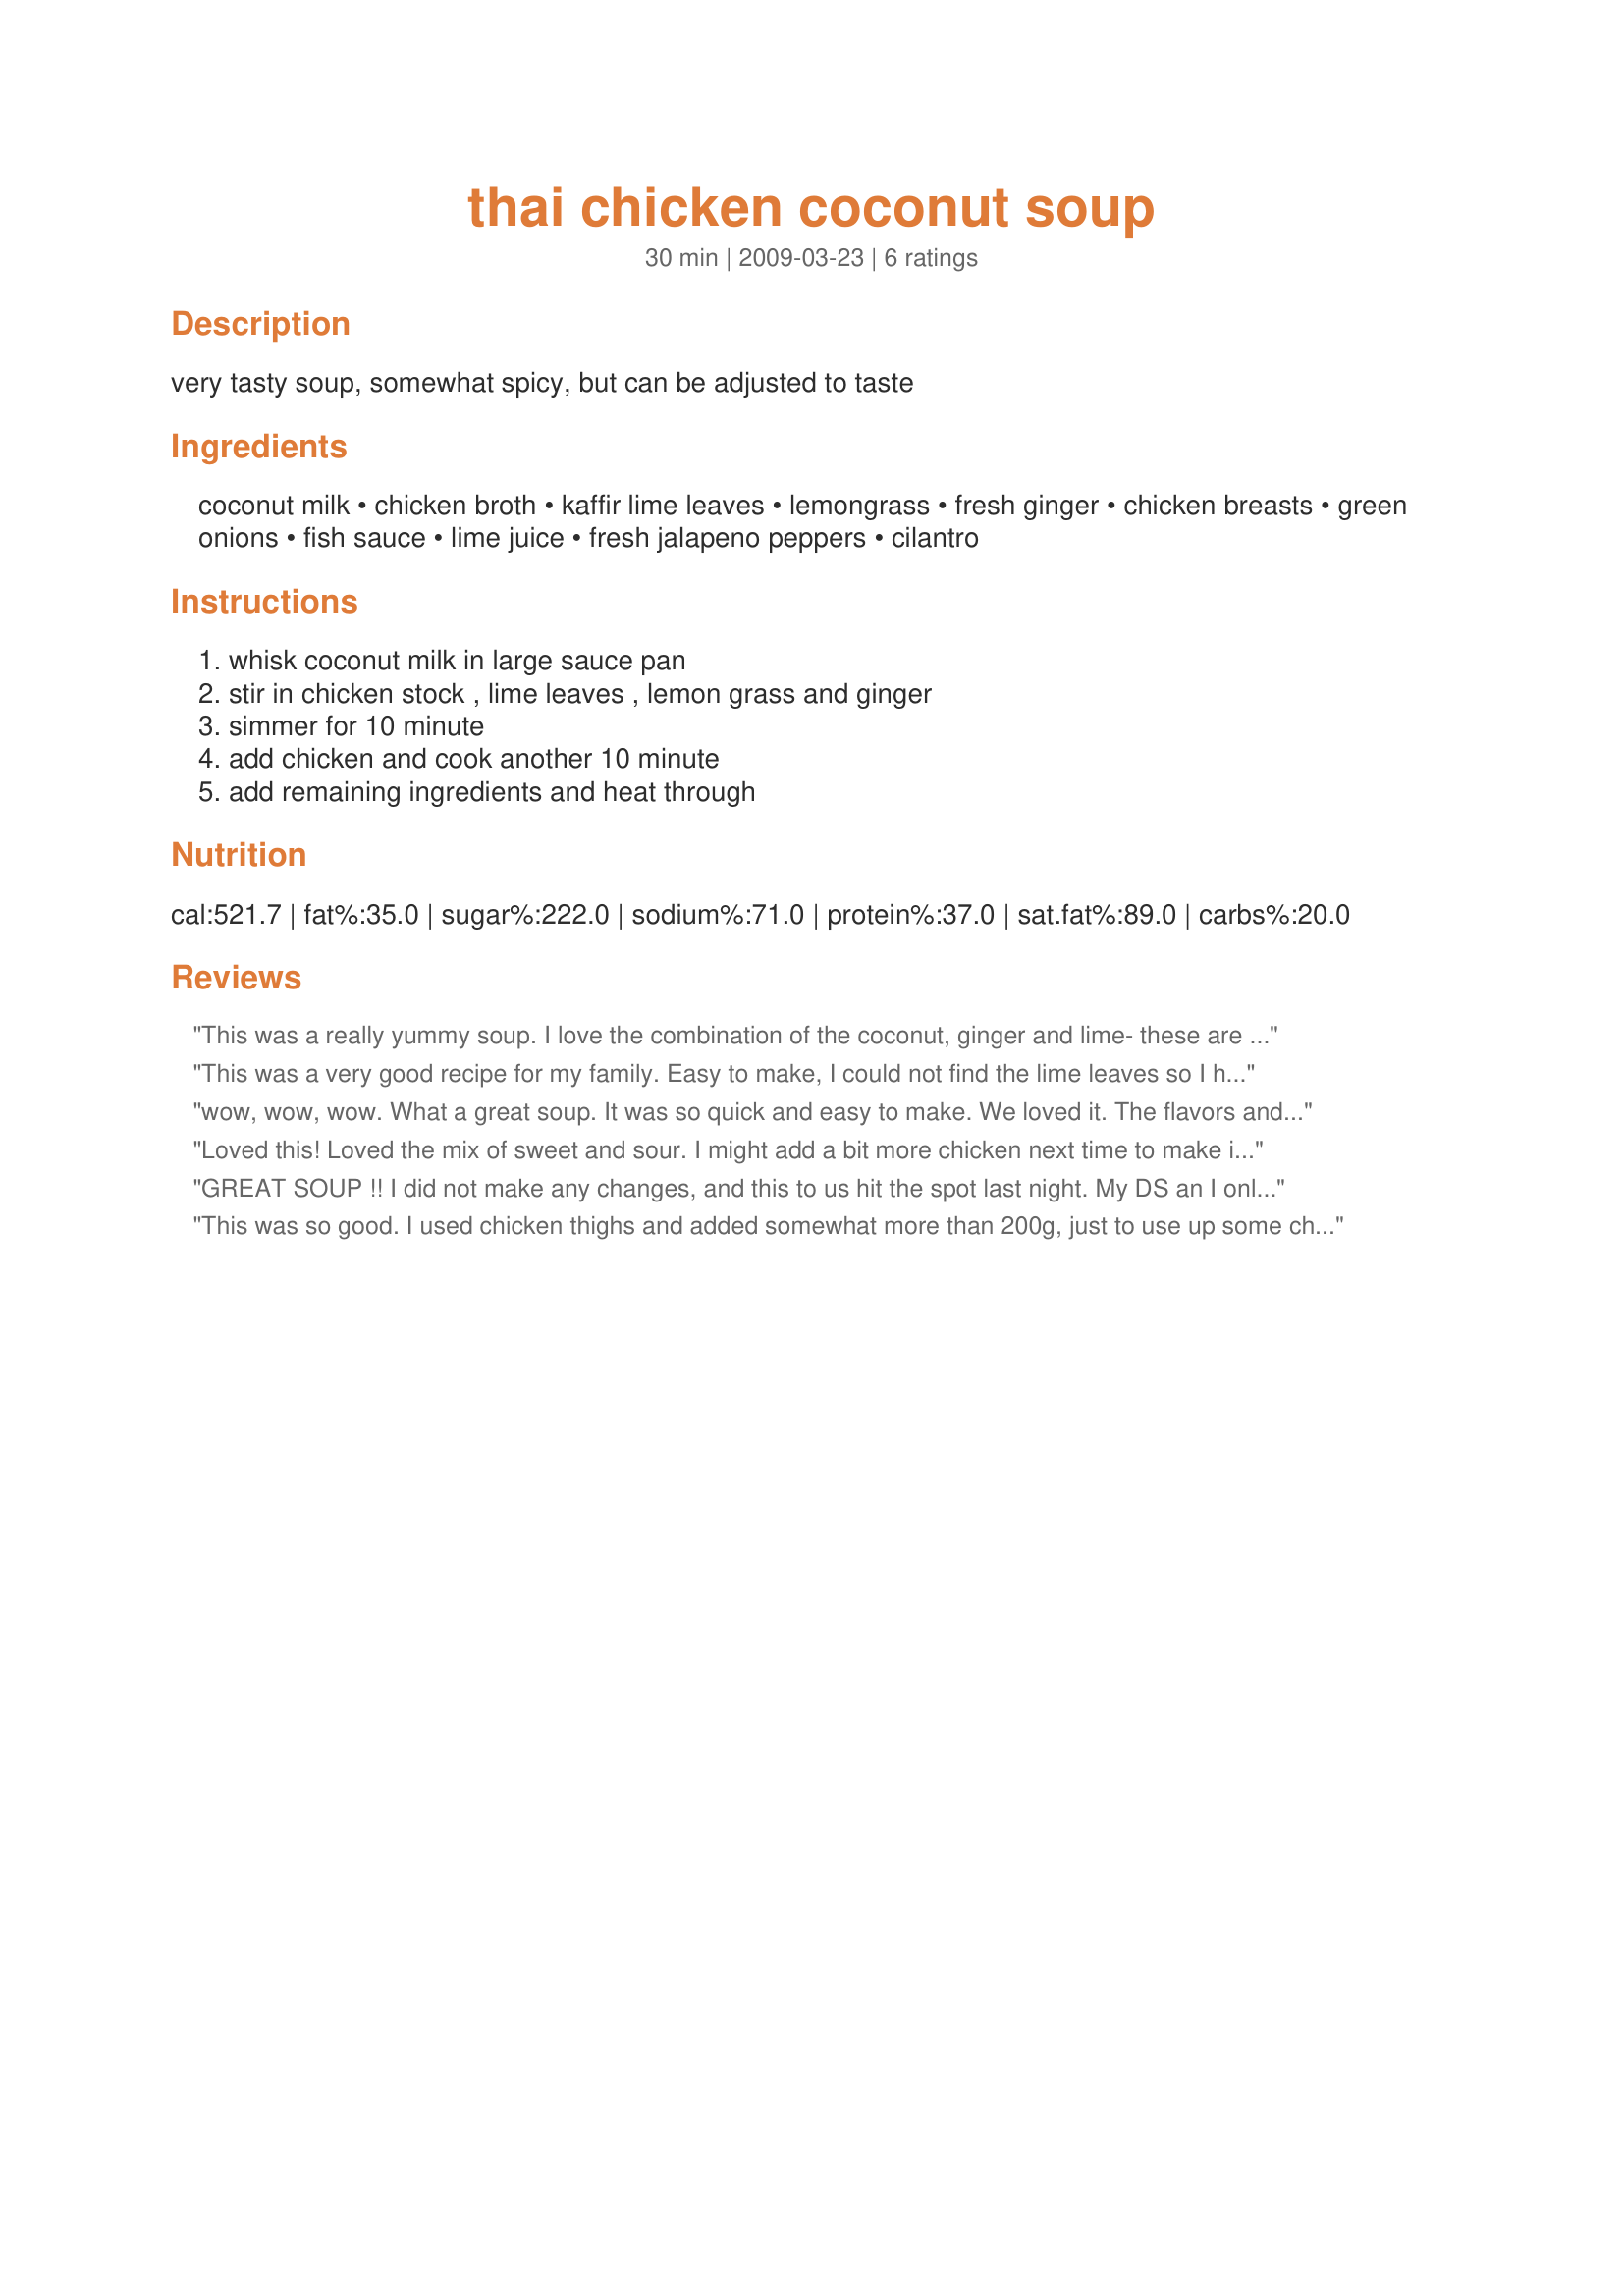
thai chicken coconut soup
Preparation time: 30 minutes

very tasty soup, somewhat spicy, but can be adjusted to taste

Ingredients:
coconut milk, chicken broth, kaffir lime leaves, lemongrass, fresh ginger, chicken breasts, green onions, fish sauce, lime juice, fresh jalapeno peppers, cilantro

Steps:
whisk coconut milk in large sauce pan, stir in chicken stock , lime leaves , lemon grass and ginger, simmer for 10 minute, add chicken and cook another 10 minute, add remaining ingredients and heat through

Reviews:
This was a really yummy soup. I love the combination of the coconut, ginger and lime- these are just amazing flavors! I did find that my finished soup was a tad bit bitter, but once I added a little sugar, the problem was gone. I can't find kaffir lime leaves, so I used lime peel; I'm a bit of a heat winp, so I only used one of the jalapenos as well. The only other change I made was to add some udon noodles that needed to be used, which made this a very hearty soup. I'm looking forward to having the leftovers tomorrow for lunch. Thanks for posting a great recipe!
This was a very good recipe for my family. Easy to make, I could not find the lime leaves so I had to use the rind. And I had never used lemon grass before but the tips help me to know what to do. It tasted very similar to soups we have eaten in Thai restaurants. I will be making this again.
wow, wow, wow. What a great soup. It was so quick and easy to make. We loved it. The flavors and textures were excellent. What a lovely spicy treat. I did use 3 Thai firecracker peppers instead of jalapenos. Thank you so much for sharing you recipe. We will be enjoying it again often. Into my keeper box this goes.
Loved this! Loved the mix of sweet and sour. I might add a bit more chicken next time to make it a more "main dish" soup, but otherwise, I'd leave this recipe exactly as posted!! Thanks for sharing. Made for ZWT6.
GREAT SOUP !! I did not make any changes, and this to us hit the spot last night. My DS an I only had this the kids I didnt try because thats not there there taste. Anyway, we each had two servings Will definately make again. Made for 1-2-3 hits.
This was so good. I used chicken thighs and added somewhat more than 200g, just to use up some chicken. I found some lemongrass paste at the store, which is a great convenience. The kaffir lime leaves are somewhere in the depths of the freezer, and I don't care for lime peel, so just relied upon fresh juice to add some zip. My jalapenos had turned a beautiful red and this looked very pretty in the soup. Very delicious.
